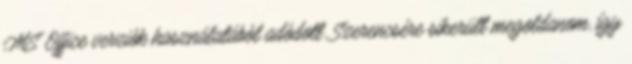
MS Office verziók használatából adódott. Szerencsére sikerült megoldanom, így